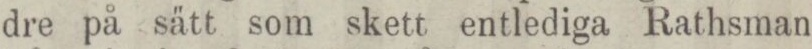
dre på sätt som skett entlediga Rathsman